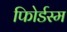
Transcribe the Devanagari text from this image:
फोिर्डस्म